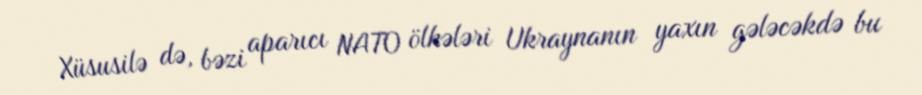
Xüsusilə də, bəzi aparıcı NATO ölkələri Ukraynanın yaxın gələcəkdə bu